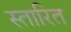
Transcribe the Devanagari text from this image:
स्तारित